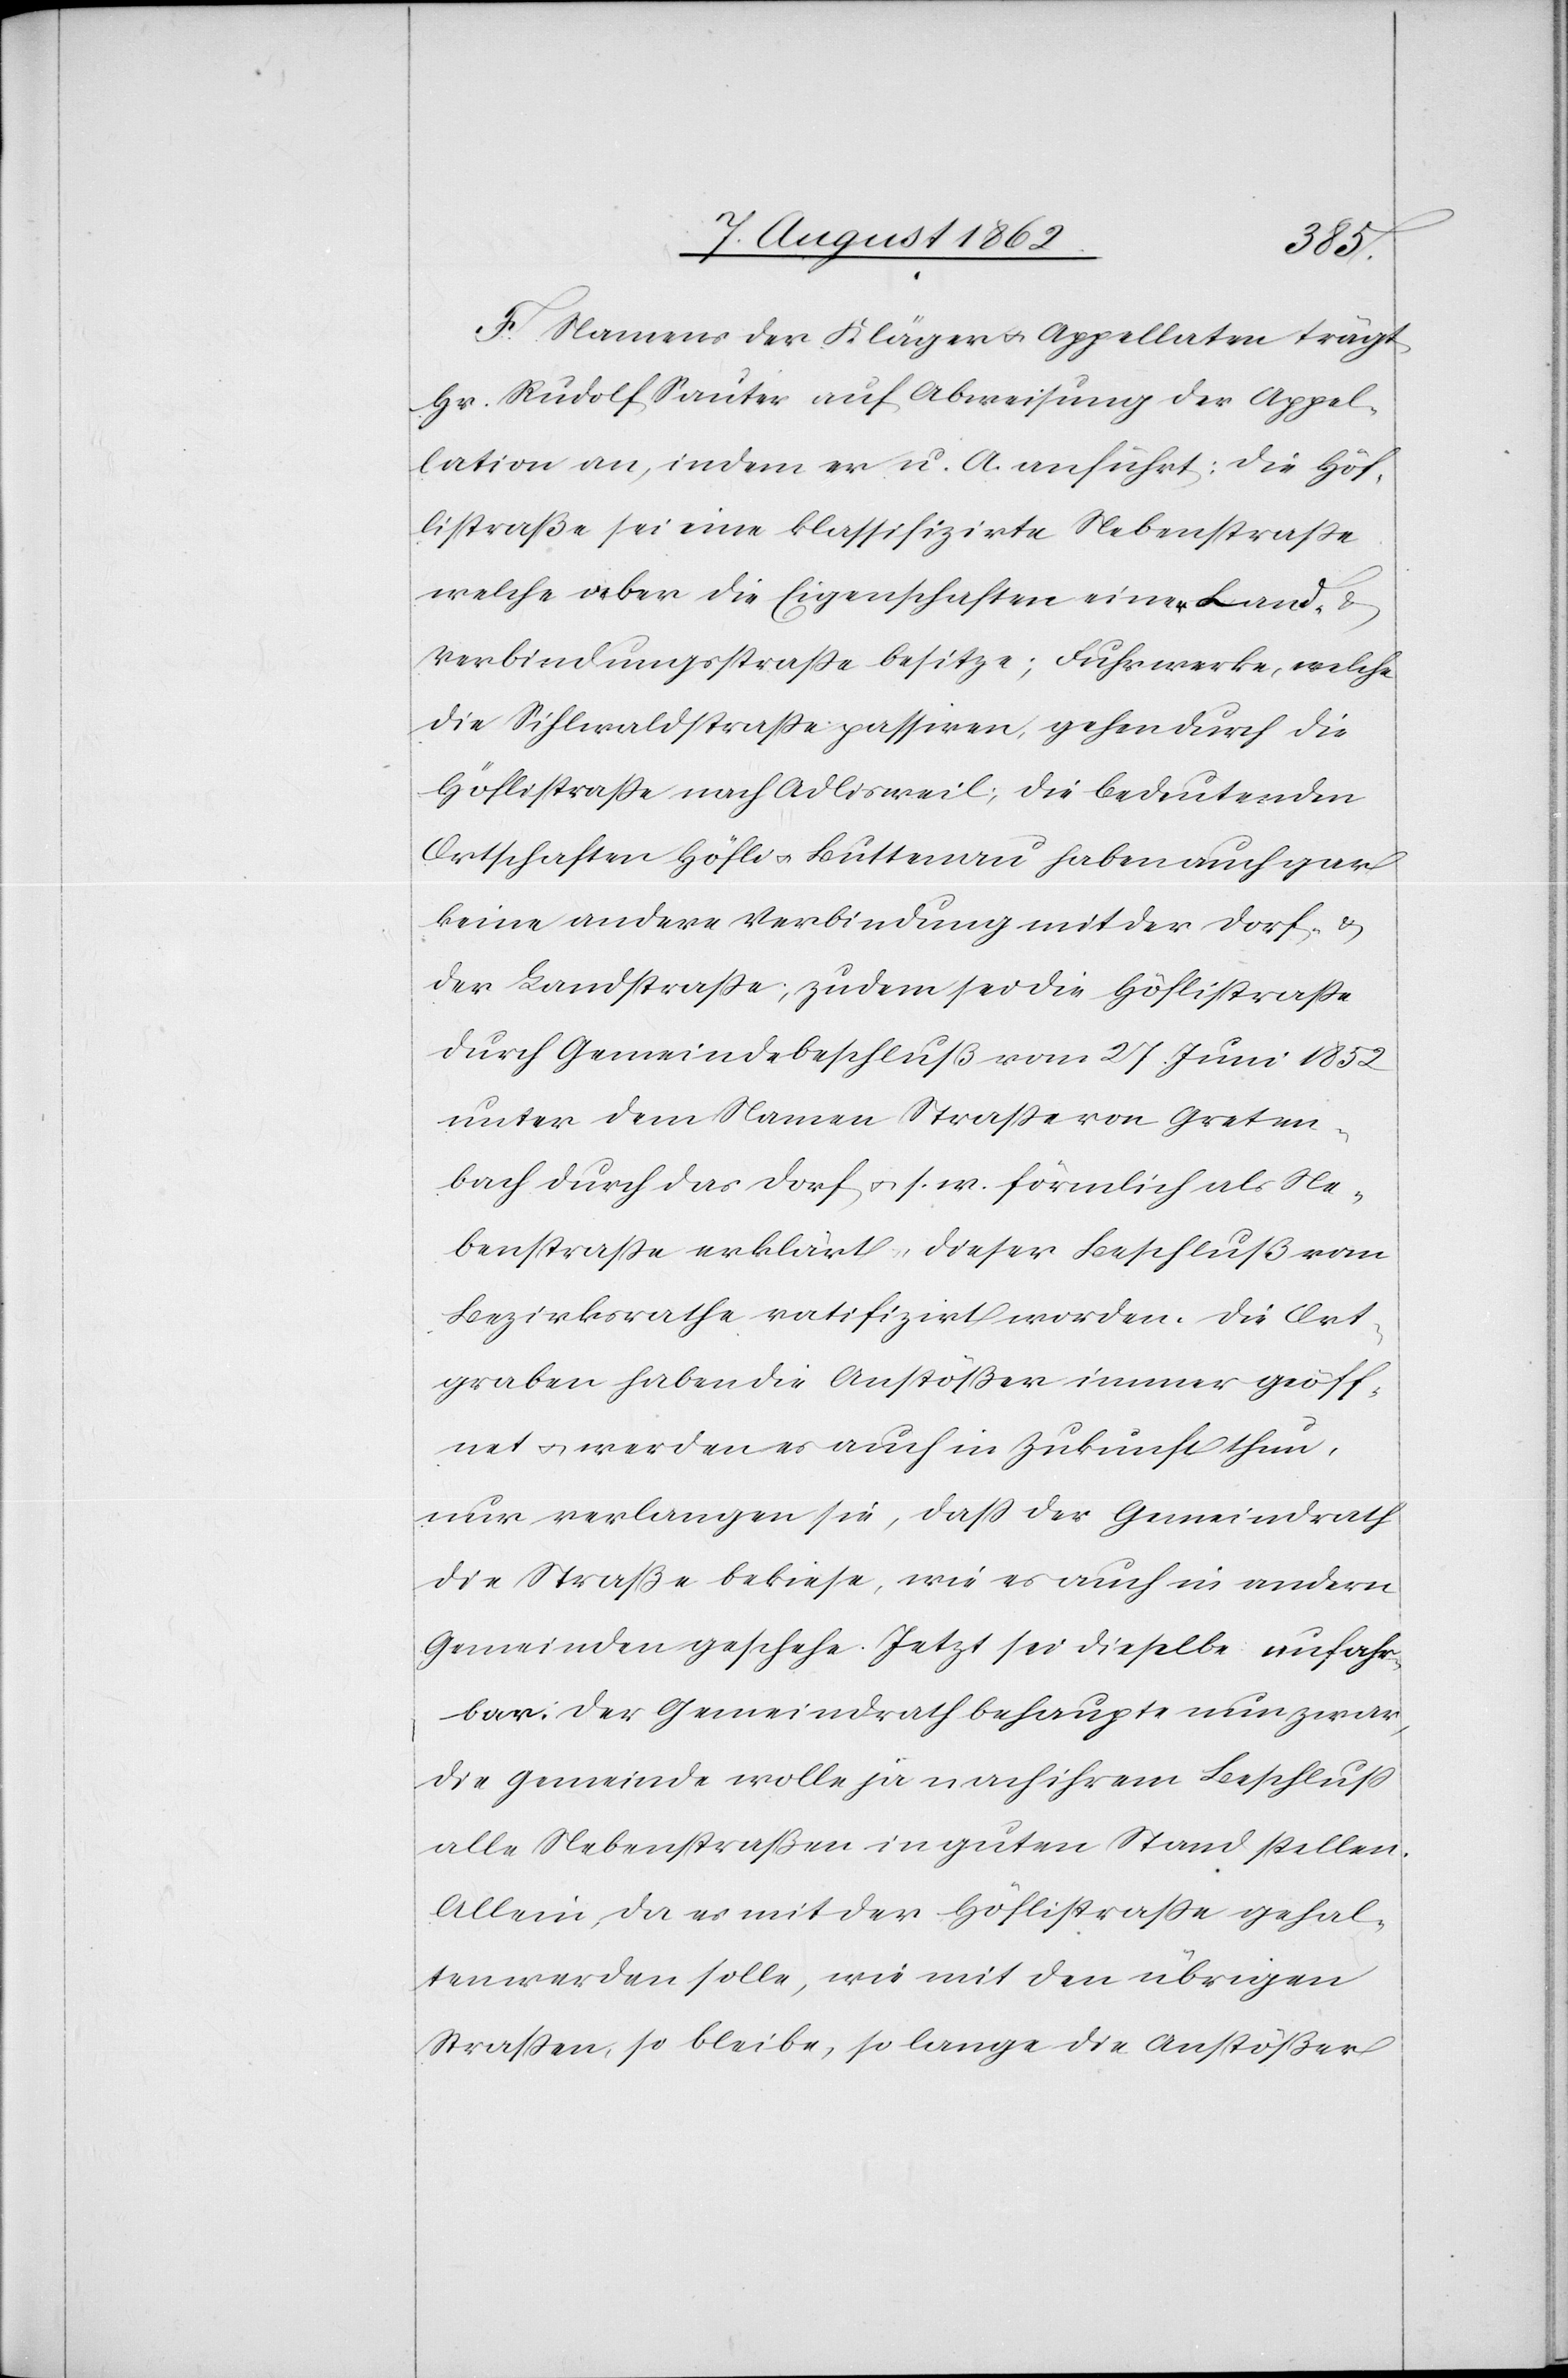
F. Namens der Kläger u. Appellaten trägt
Hr. Rudolf Sauter auf Abwesung der Appel¬
lation an, indem er u. A. anführt: die Höf¬
listraße sei eine klassifizirte Nebenstraße
welche aber die Eigenschaften einer Land- u.
Verbindungsstraße besitze; Fuhrwerke, welche
die Sihlwaldstraße passiren, gehen durch die
Höflistraße nach Adlisweil; die bedeutenden
Ortschaften Höfli u. Buttenau haben auch gar
keine andere Verbindung mit der Dorf- u.
der Landstraße; zudem sei die Höflistraße
durch Gemeindebeschluß vom 27. Juni 1852
unter dem Namen Straße von Greten¬
bach durch das Dorf u. s. w. förmlich als Ne¬
benstraße erklärt, dieser Beschluß vom
Bezirksrathe ratifizirt worden. Die Ort[s]g¬
raben haben die Anstößer immer geöff¬
net u. werden es auch in Zukunft thun,
nur verlangen sie, daß der Gemeindrath
die Straße bekiese, wie es auch in andern
Gemeinden geschehe. Jetzt sei dieselbe unfahr¬
bar. Der Gemeindrath behaupte nun zwar,
die Gemeinde wolle jä nach ihrem Beschluß
alle Nebenstraßen in guten Stand stellen.
Allein, da es mit der Höflistraße gehal¬
ten werden solle, wie mit den übrigen
Straßen, so bleibe, so lange die Anstößer